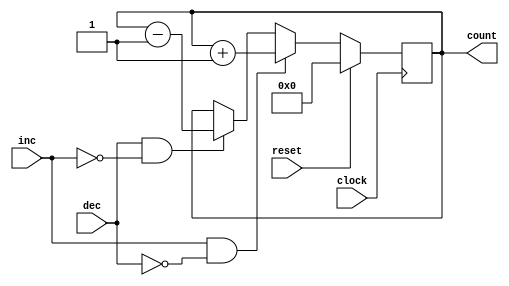
module counter (
  input wire clock,
  input wire reset,
  input wire inc,
  input wire dec,
  output reg [7:0] count
);

always @(posedge clock) begin
  if (reset) begin
    count <= 8'h00;
  end else begin
    if (inc && ~dec) begin
      count <= count + 1;
    end else if (dec && ~inc) begin
      count <= count - 1;
    end
  end
end

endmodule